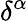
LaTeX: \delta^{\alpha}